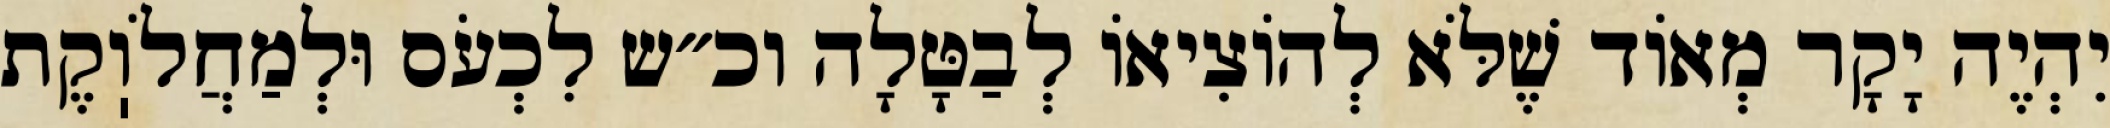
יִהְיֶה יָקָר מְאוֹד שֶׁלֹּא לְהוֹצִיאוֹ לְבַטָּלָה וכ״ש לִכְעֹס וּלְמַחֲלֹוֽקֶת